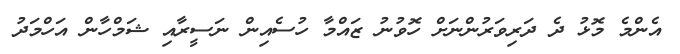
އެންމެ މޮޅު ދެ ދަރިވަރުންނަށް ހޮވުނު ޒައްމާ ހުސެއިން ނަސީރާއި ޝަމްހާން އަހްމަދު